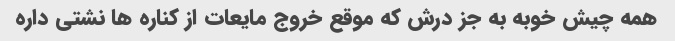
همه چیش خوبه به جز درش که موقع خروج مایعات از کناره ها نشتی داره